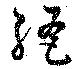
絶